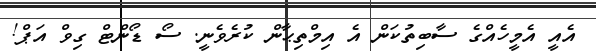
އެއީ އެމީހެއްގެ ސާބިތުކަން އެ އިމްތިޙާން ކުރެވެނީ. ސޯ ޑޯންޓް ގިވް އަޕް!